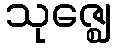
သုဇ္ဈေ